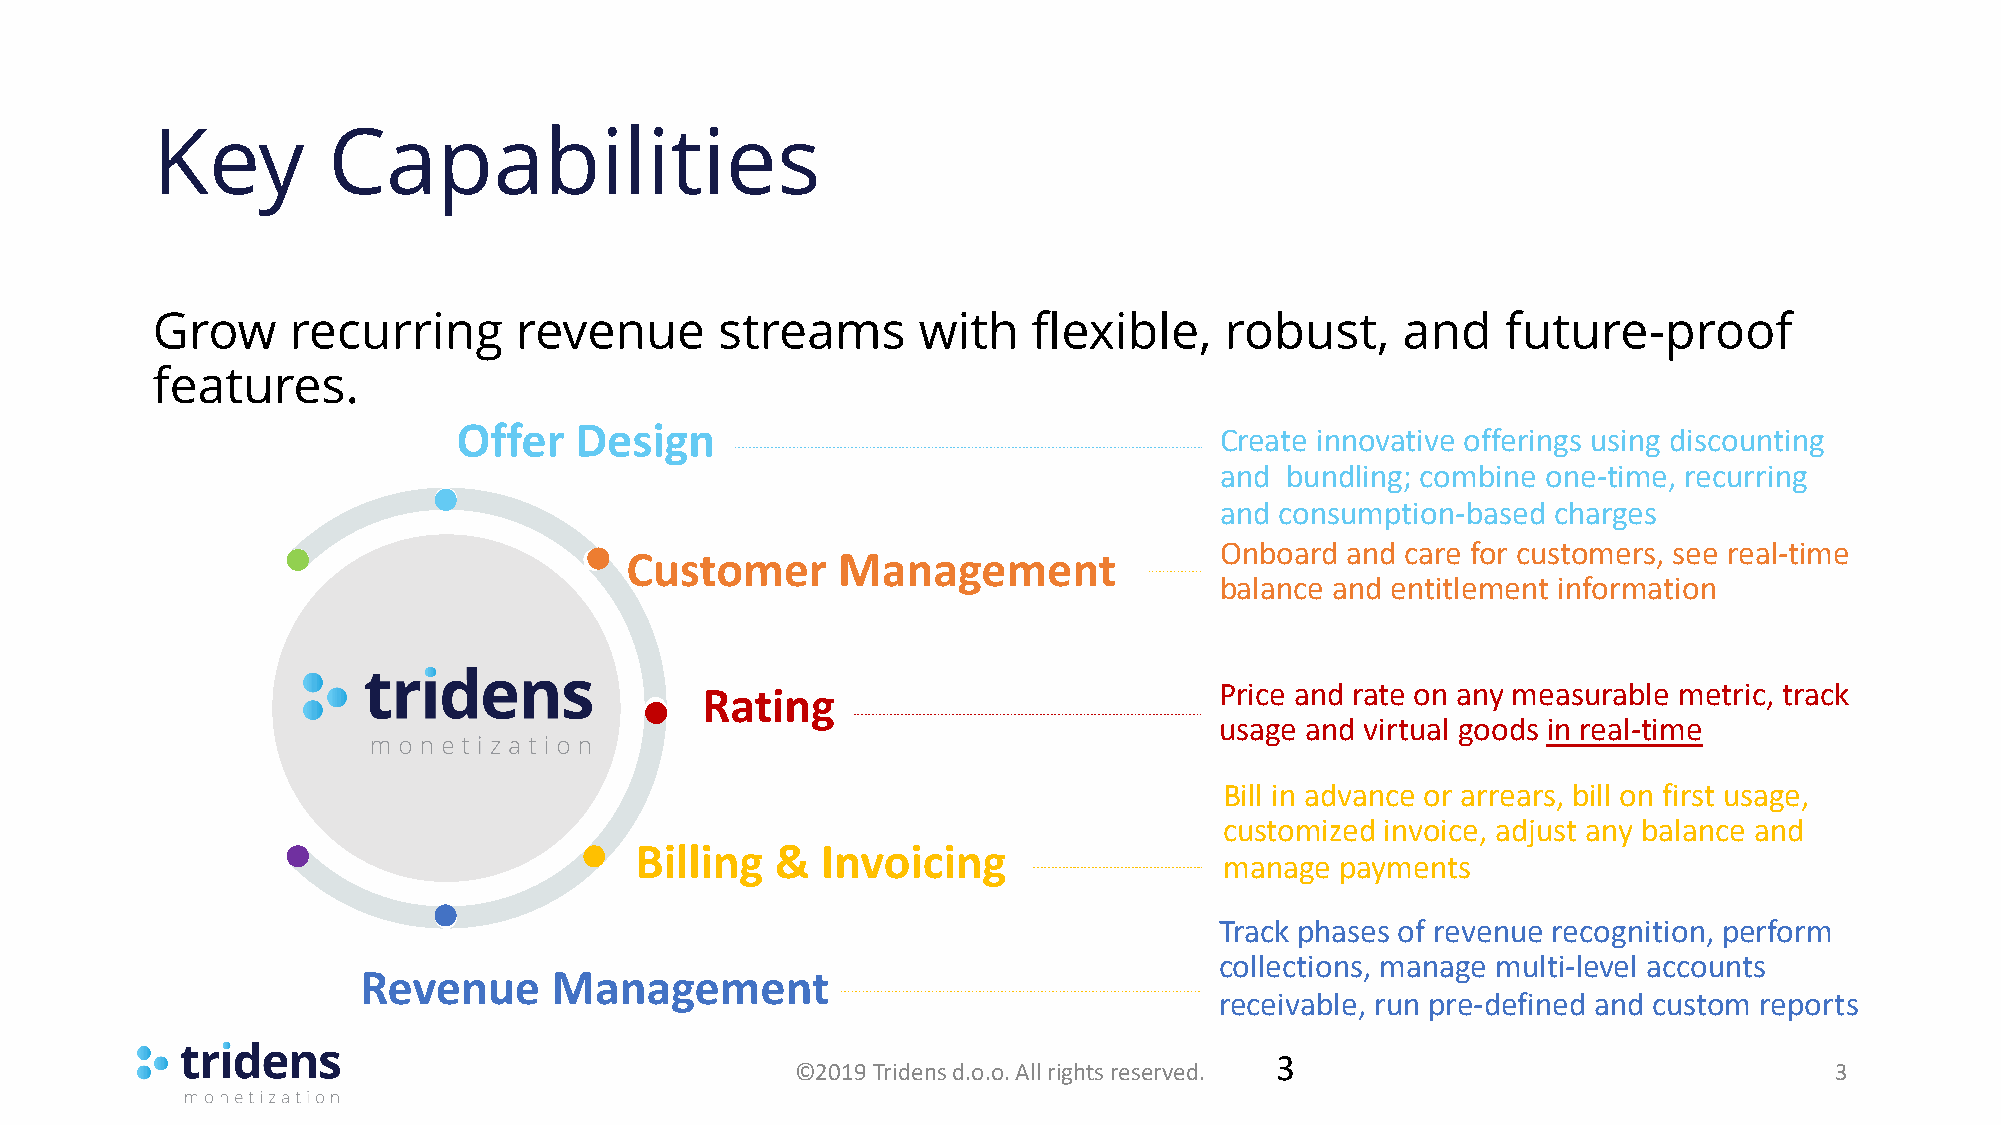
Key         Capabilities
 Grow     recurring      revenue       streams      with   flexible,    robust,     and    future-proof
 features.
 Offer   Design
 Create innovative offerings using discounting
 and bundling; combine one-time, recurring
 and consumption-based charges
 Onboard and care for customers, see real-time
 Customer      Management
 balance and entitlement information
 Rating                             Price and rate on any measurable metric, track
 usage and virtual goods in real-time
 Bill in advance or arrears, bill on first usage,
 customized invoice, adjust any balance and
 Billing  &  Invoicing
 manage  payments
 Track phases of revenue recognition, perform
 collections, manage multi-level accounts
 Revenue     Management
 receivable, run pre-defined and custom reports
 3
 ©2019 Tridensd.o.o. All rights reserved.                            3